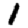
Digit: 1